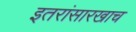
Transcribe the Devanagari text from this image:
इतरांसारखाच